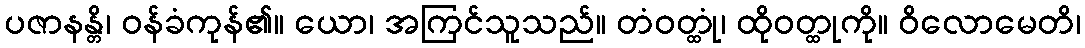
ပဇာနန္တိ၊ ဝန်ခံကုန်၏။ ယော၊ အကြင်သူသည်။ တံဝတ္ထုံ၊ ထိုဝတ္ထုကို။ ဝိလောမေတိ၊